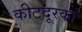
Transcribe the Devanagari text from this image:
कीटदूरकों